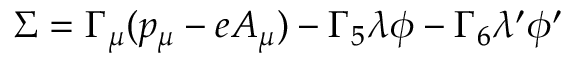
\Sigma = \Gamma _ { \mu } ( p _ { \mu } - e A _ { \mu } ) - \Gamma _ { 5 } \lambda \phi - \Gamma _ { 6 } \lambda ^ { \prime } \phi ^ { \prime }